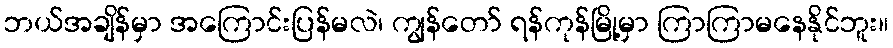
ဘယ်အချိန်မှာ အကြောင်းပြန်မလဲ၊ ကျွန်တော် ရန်ကုန်မြို့မှာ ကြာကြာမနေနိုင်ဘူး။